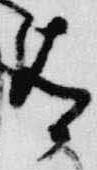
有